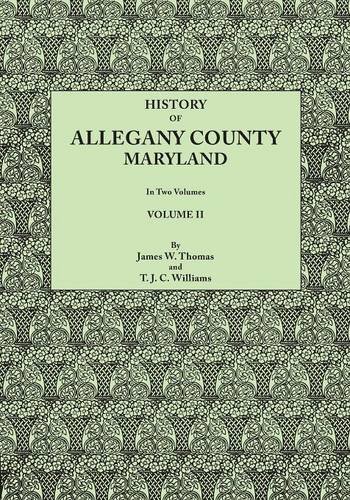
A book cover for History of Allegany County, Maryland. To this is added a biographical and genealogical record of representative families, prepared from data obtained ... of information. In Two Volumes. Volume II; James W. Thomas; Reference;